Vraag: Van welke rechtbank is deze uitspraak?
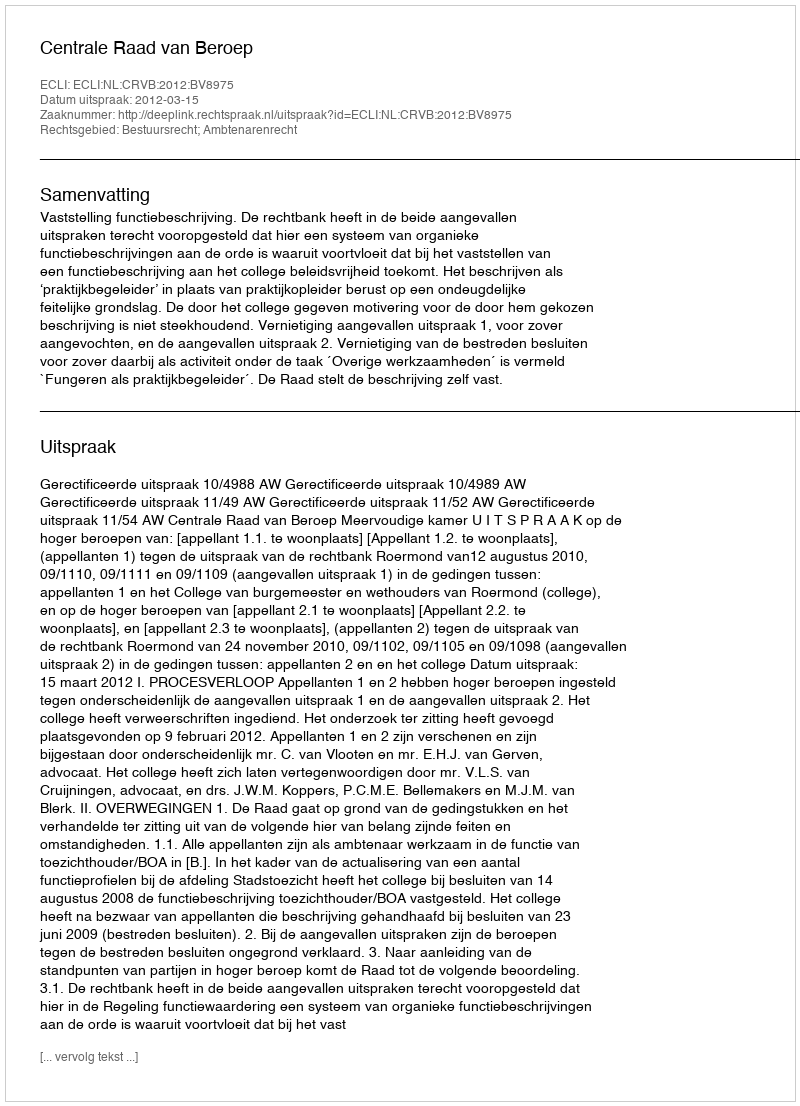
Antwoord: Centrale Raad van Beroep